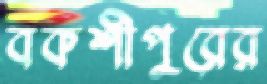
বকশীপুরের